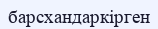
барсхандаркірген